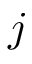
j